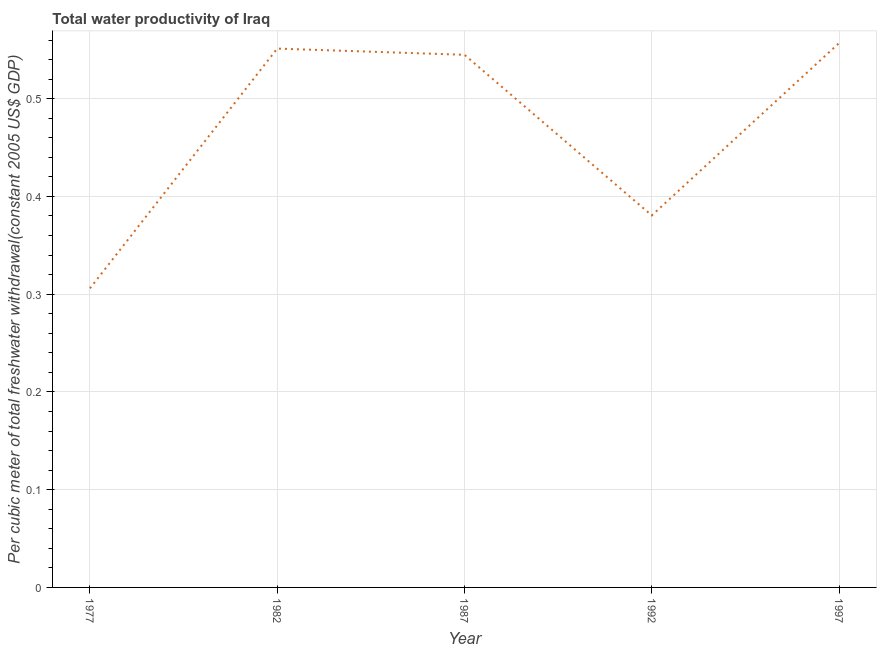
| Year | Water productivity |
 | --- | --- |
 | 1977 | 0.306 |
 | 1982 | 0.551 |
 | 1987 | 0.545 |
 | 1992 | 0.381 |
 | 1997 | 0.557 |